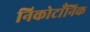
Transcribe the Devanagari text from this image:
निकोटाँनिक